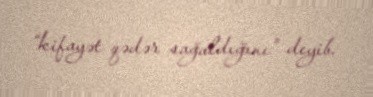
“kifayət qədər sağaldığını” deyib.